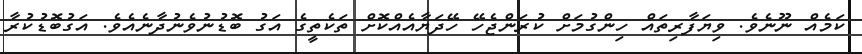
ކަމެއް ނޫނެވެ. ވިޔަފާރިތައް ހިންގުމަށް ކުރަންޖެހޭ ހޭދަޔާއެއްކޮށް ތަކެތީގެ އަގު ބޮޑުނުވެނުދާނެއެވެ. އަގުބޮޑުކުރާ